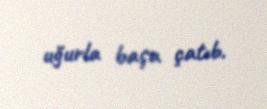
uğurla başa çatıb.